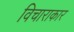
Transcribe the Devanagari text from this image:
विचाराकार